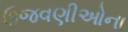
ઉજવણીઓના